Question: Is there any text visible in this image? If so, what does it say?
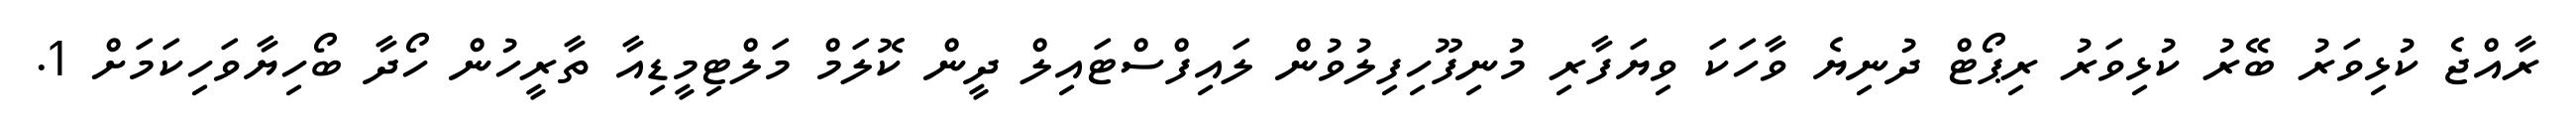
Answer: ރާއްޖެ ކުޅިވަރު ބޭރު ކުޅިވަރު ރިޕޯޓް ދުނިޔެ ވާހަކަ ވިޔަފާރި މުނިފޫހިފިލުވުން ލައިފްސްޓައިލް ދީން ކޮލަމް މަލްޓިމީޑިއާ ތާރީހުން ހޯދާ ބޯހިޔާވަހިކަމަށް 1.